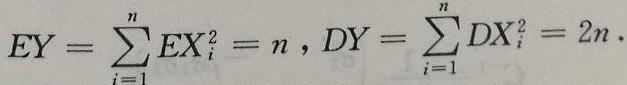
\[
EY=\sum_{i = 1}^{n}EX_{i}^{2}=n,DY=\sum_{i = 1}^{n}DX_{i}^{2}=2n.
\]